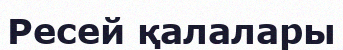
Ресей қалалары